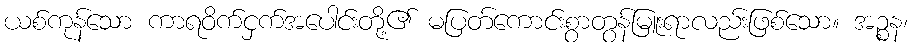
ယစ်ကုန်သော ကာရဝိက်ငှက်အပေါင်းတို့၏ မပြတ်ကောင်းစွာတွန်မြူးရာလည်းဖြစ်သော။ အဉ္စန၊